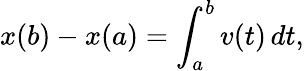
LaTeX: x(b)-x(a)=\int_{a}^{b}v(t)\, dt,